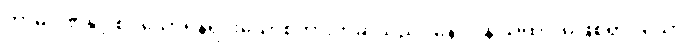
ကာမဂုဏ်နှင့် စပ်သောရုန့်ရင်းသောစကားကိုဆိုသည်။ နော ပန သိယာ၊ မဖြစ်ရာ။ သော